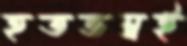
হতভম্বই